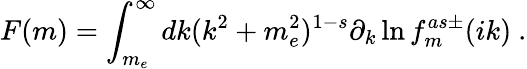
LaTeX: F(m)=\int_{m_{e}}^{\infty}dk(k^{2}+m_{e}^{2})^{1-s}\partial_{k}\ln f_{m}^{as\pm}(ik)\ .